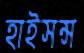
হাইসন্স